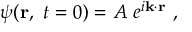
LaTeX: \psi ( \mathbf { r } , \ t = 0 ) = A \ e ^ { i \mathbf { k \cdot r } } \ ,